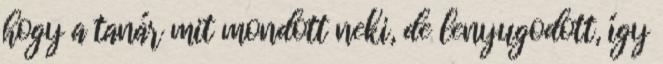
hogy a tanár mit mondott neki, de lenyugodott, így